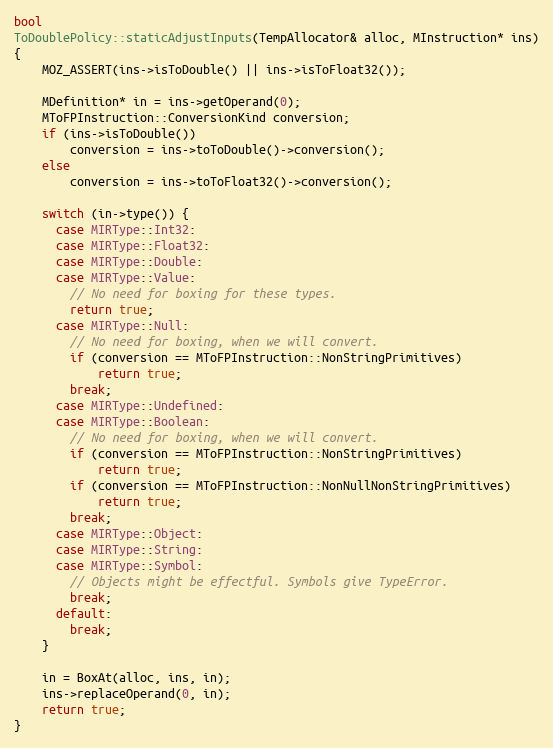
Language: C++
bool
ToDoublePolicy::staticAdjustInputs(TempAllocator& alloc, MInstruction* ins)
{
    MOZ_ASSERT(ins->isToDouble() || ins->isToFloat32());

    MDefinition* in = ins->getOperand(0);
    MToFPInstruction::ConversionKind conversion;
    if (ins->isToDouble())
        conversion = ins->toToDouble()->conversion();
    else
        conversion = ins->toToFloat32()->conversion();

    switch (in->type()) {
      case MIRType::Int32:
      case MIRType::Float32:
      case MIRType::Double:
      case MIRType::Value:
        // No need for boxing for these types.
        return true;
      case MIRType::Null:
        // No need for boxing, when we will convert.
        if (conversion == MToFPInstruction::NonStringPrimitives)
            return true;
        break;
      case MIRType::Undefined:
      case MIRType::Boolean:
        // No need for boxing, when we will convert.
        if (conversion == MToFPInstruction::NonStringPrimitives)
            return true;
        if (conversion == MToFPInstruction::NonNullNonStringPrimitives)
            return true;
        break;
      case MIRType::Object:
      case MIRType::String:
      case MIRType::Symbol:
        // Objects might be effectful. Symbols give TypeError.
        break;
      default:
        break;
    }

    in = BoxAt(alloc, ins, in);
    ins->replaceOperand(0, in);
    return true;
}